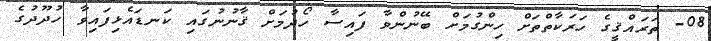
08- ތަރައްޤީގެ ހަރަކާތްތަށް ހިންގުމަށް ބޭނުންވާ ފައިސާ ހޯދުމަށް ޤާނުނުގައި ކަނޑައެޅިފައިވާ ހުދޫދުގެ